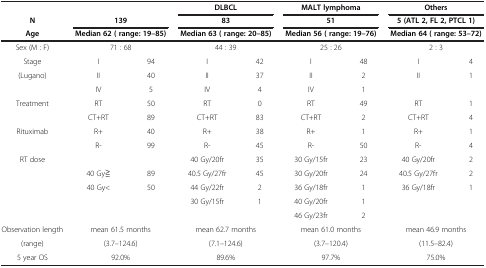
<table><thead><tr><td colspan="3"><b> </b></td><td colspan="2"><b>DLBCL</b></td><td colspan="2"><b>MALT lymphoma</b></td><td colspan="2"><b>Others</b></td></tr><tr><td><b>N</b></td><td colspan="2"><b>139</b></td><td colspan="2"><b>83</b></td><td colspan="2"><b>51</b></td><td colspan="2"><b>5 (ATL 2, FL 2, PTCL 1)</b></td></tr><tr><td><b>Age</b></td><td colspan="2"><b>Median 62 ( range: 19–85)</b></td><td colspan="2"><b>Median 63 ( range: 20–85)</b></td><td colspan="2"><b>Median 56 ( range: 19–76)</b></td><td colspan="2"><b>Median 64 ( range: 53–72)</b></td></tr></thead><tbody><tr><td>Sex (M : F)</td><td colspan="2">71 : 68</td><td colspan="2">44 : 39</td><td colspan="2">25 : 26</td><td colspan="2">2 : 3</td></tr><tr><td>Stage</td><td>I</td><td>94</td><td>I</td><td>42</td><td>I</td><td>48</td><td>I</td><td>4</td></tr><tr><td>(Lugano)</td><td>II</td><td>40</td><td>II</td><td>37</td><td>II</td><td>2</td><td>II</td><td>1</td></tr><tr><td> </td><td>IV</td><td>5</td><td>IV</td><td>4</td><td>IV</td><td>1</td><td> </td><td> </td></tr><tr><td>Treatment</td><td>RT</td><td>50</td><td>RT</td><td>0</td><td>RT</td><td>49</td><td>RT</td><td>1</td></tr><tr><td> </td><td>CT+RT</td><td>89</td><td>CT+RT</td><td>83</td><td>CT+RT</td><td>2</td><td>CT+RT</td><td>4</td></tr><tr><td>Rituximab</td><td>R+</td><td>40</td><td>R+</td><td>38</td><td>R+</td><td>1</td><td>R+</td><td>1</td></tr><tr><td> </td><td>R-</td><td>99</td><td>R-</td><td>45</td><td>R-</td><td>50</td><td>R-</td><td>4</td></tr><tr><td>RT dose</td><td> </td><td> </td><td>40 Gy/20fr</td><td>35</td><td>30 Gy/15fr</td><td>23</td><td>40 Gy/20fr</td><td>2</td></tr><tr><td> </td><td>40 Gy≧</td><td>89</td><td>40.5 Gy/27fr</td><td>45</td><td>30 Gy/20fr</td><td>24</td><td>40.5 Gy/27fr</td><td>2</td></tr><tr><td> </td><td>40 Gy&lt;</td><td>50</td><td>44 Gy/22fr</td><td>2</td><td>36 Gy/18fr</td><td>1</td><td>36 Gy/18fr</td><td>1</td></tr><tr><td> </td><td> </td><td> </td><td>30 Gy/15fr</td><td>1</td><td>40 Gy/20fr</td><td>1</td><td> </td><td> </td></tr><tr><td> </td><td> </td><td> </td><td> </td><td> </td><td>46 Gy/23fr</td><td>2</td><td> </td><td> </td></tr><tr><td>Observation length</td><td colspan="2">mean 61.5 months</td><td colspan="2">mean 62.7 months</td><td colspan="2">mean 61.0 months</td><td colspan="2">mean 46.9 months</td></tr><tr><td>(range)</td><td colspan="2">(3.7–124.6)</td><td colspan="2">(7.1–124.6)</td><td colspan="2">(3.7–120.4)</td><td colspan="2">(11.5–82.4)</td></tr><tr><td>5 year OS</td><td colspan="2">92.0%</td><td colspan="2">89.6%</td><td colspan="2">97.7%</td><td colspan="2">75.0%</td></tr></tbody></table>